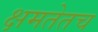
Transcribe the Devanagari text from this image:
क्षमतेतच